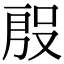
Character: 𭮱